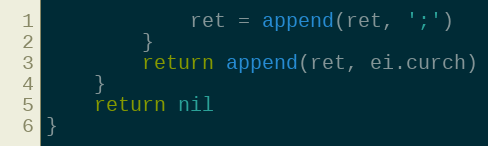
Language: Go
			ret = append(ret, ';')
		}
		return append(ret, ei.curch)
	}
	return nil
}